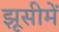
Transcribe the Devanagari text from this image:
झूसीमें